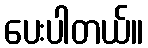
ပေးပါတယ်။